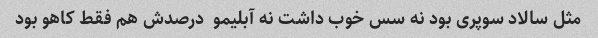
مثل سالاد سوپری بود نه سس خوب داشت نه آبلیمو  درصدش هم فقط کاهو بود